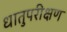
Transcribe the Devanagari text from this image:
धातुपरीक्षण